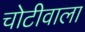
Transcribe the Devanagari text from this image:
चोटीवाला